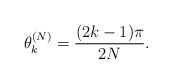
\begin{align*}\theta_{k}^{(N)} = \frac{ (2k-1) \pi}{2N}.\end{align*}